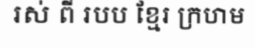
រស់ ពី របប ខ្មែរ ក្រហម